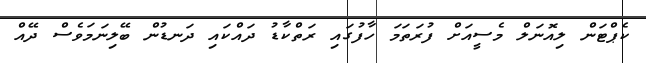
ކެޕްޓަން ލިއޮނަލް މެސީއަށް ފުރަތަމަ ހާފުގައި ރަތްކާޑު ދައްކައި ދަނޑުން ބޭލިނަމަވެސް ދޭއް